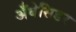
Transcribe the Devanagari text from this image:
अँबेसिडर